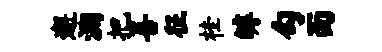
邂溯把喜征桂罅勾面